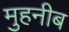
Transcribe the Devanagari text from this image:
मुहनीब